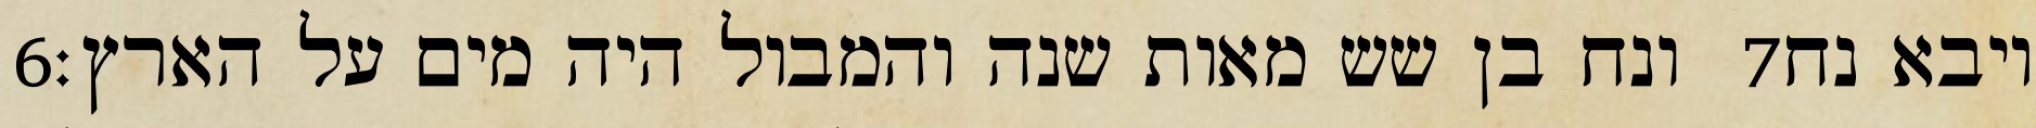
‎6‏ ונח בן שש מאות שנה והמבול היה מים על הארץ׃ ‎7‏ ויבא נח